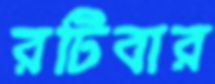
রটিবার